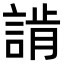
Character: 𧨷